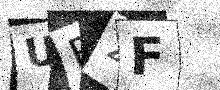
Text: UF2F